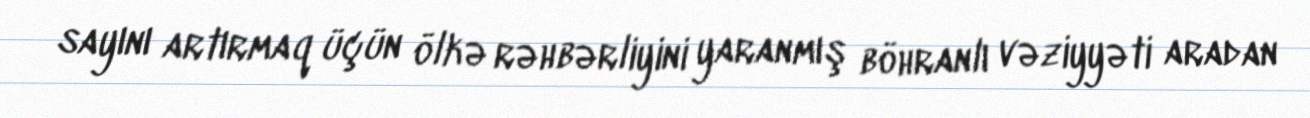
sayını artırmaq üçün ölkə rəhbərliyini yaranmış böhranlı vəziyyəti aradan